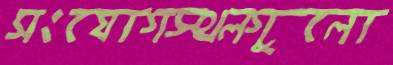
সংযোগস্থলগুলো